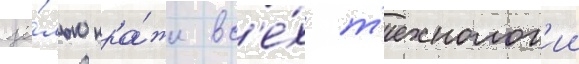
це́лью кра́жи вс'е́х т'ехнолог'ии